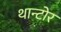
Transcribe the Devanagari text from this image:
थान्टोर